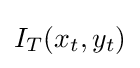
I_{T}(x_{t},y_{t})